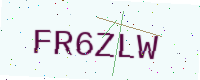
Text: FR6ZLW